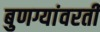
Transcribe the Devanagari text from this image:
बुणग्यांवरती